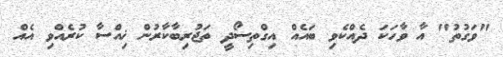
"ވަގުތު" އާ ވާހަކަ ދެއްކެވި ބައެއް އިގްތިސޯދީ ތަޖުރިބާކާރުން ޚިއްސާ ކުރެއްވި އެއް